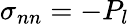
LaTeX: \sigma_{nn}=-P_{l}